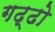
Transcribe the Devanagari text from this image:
गढ्ढो